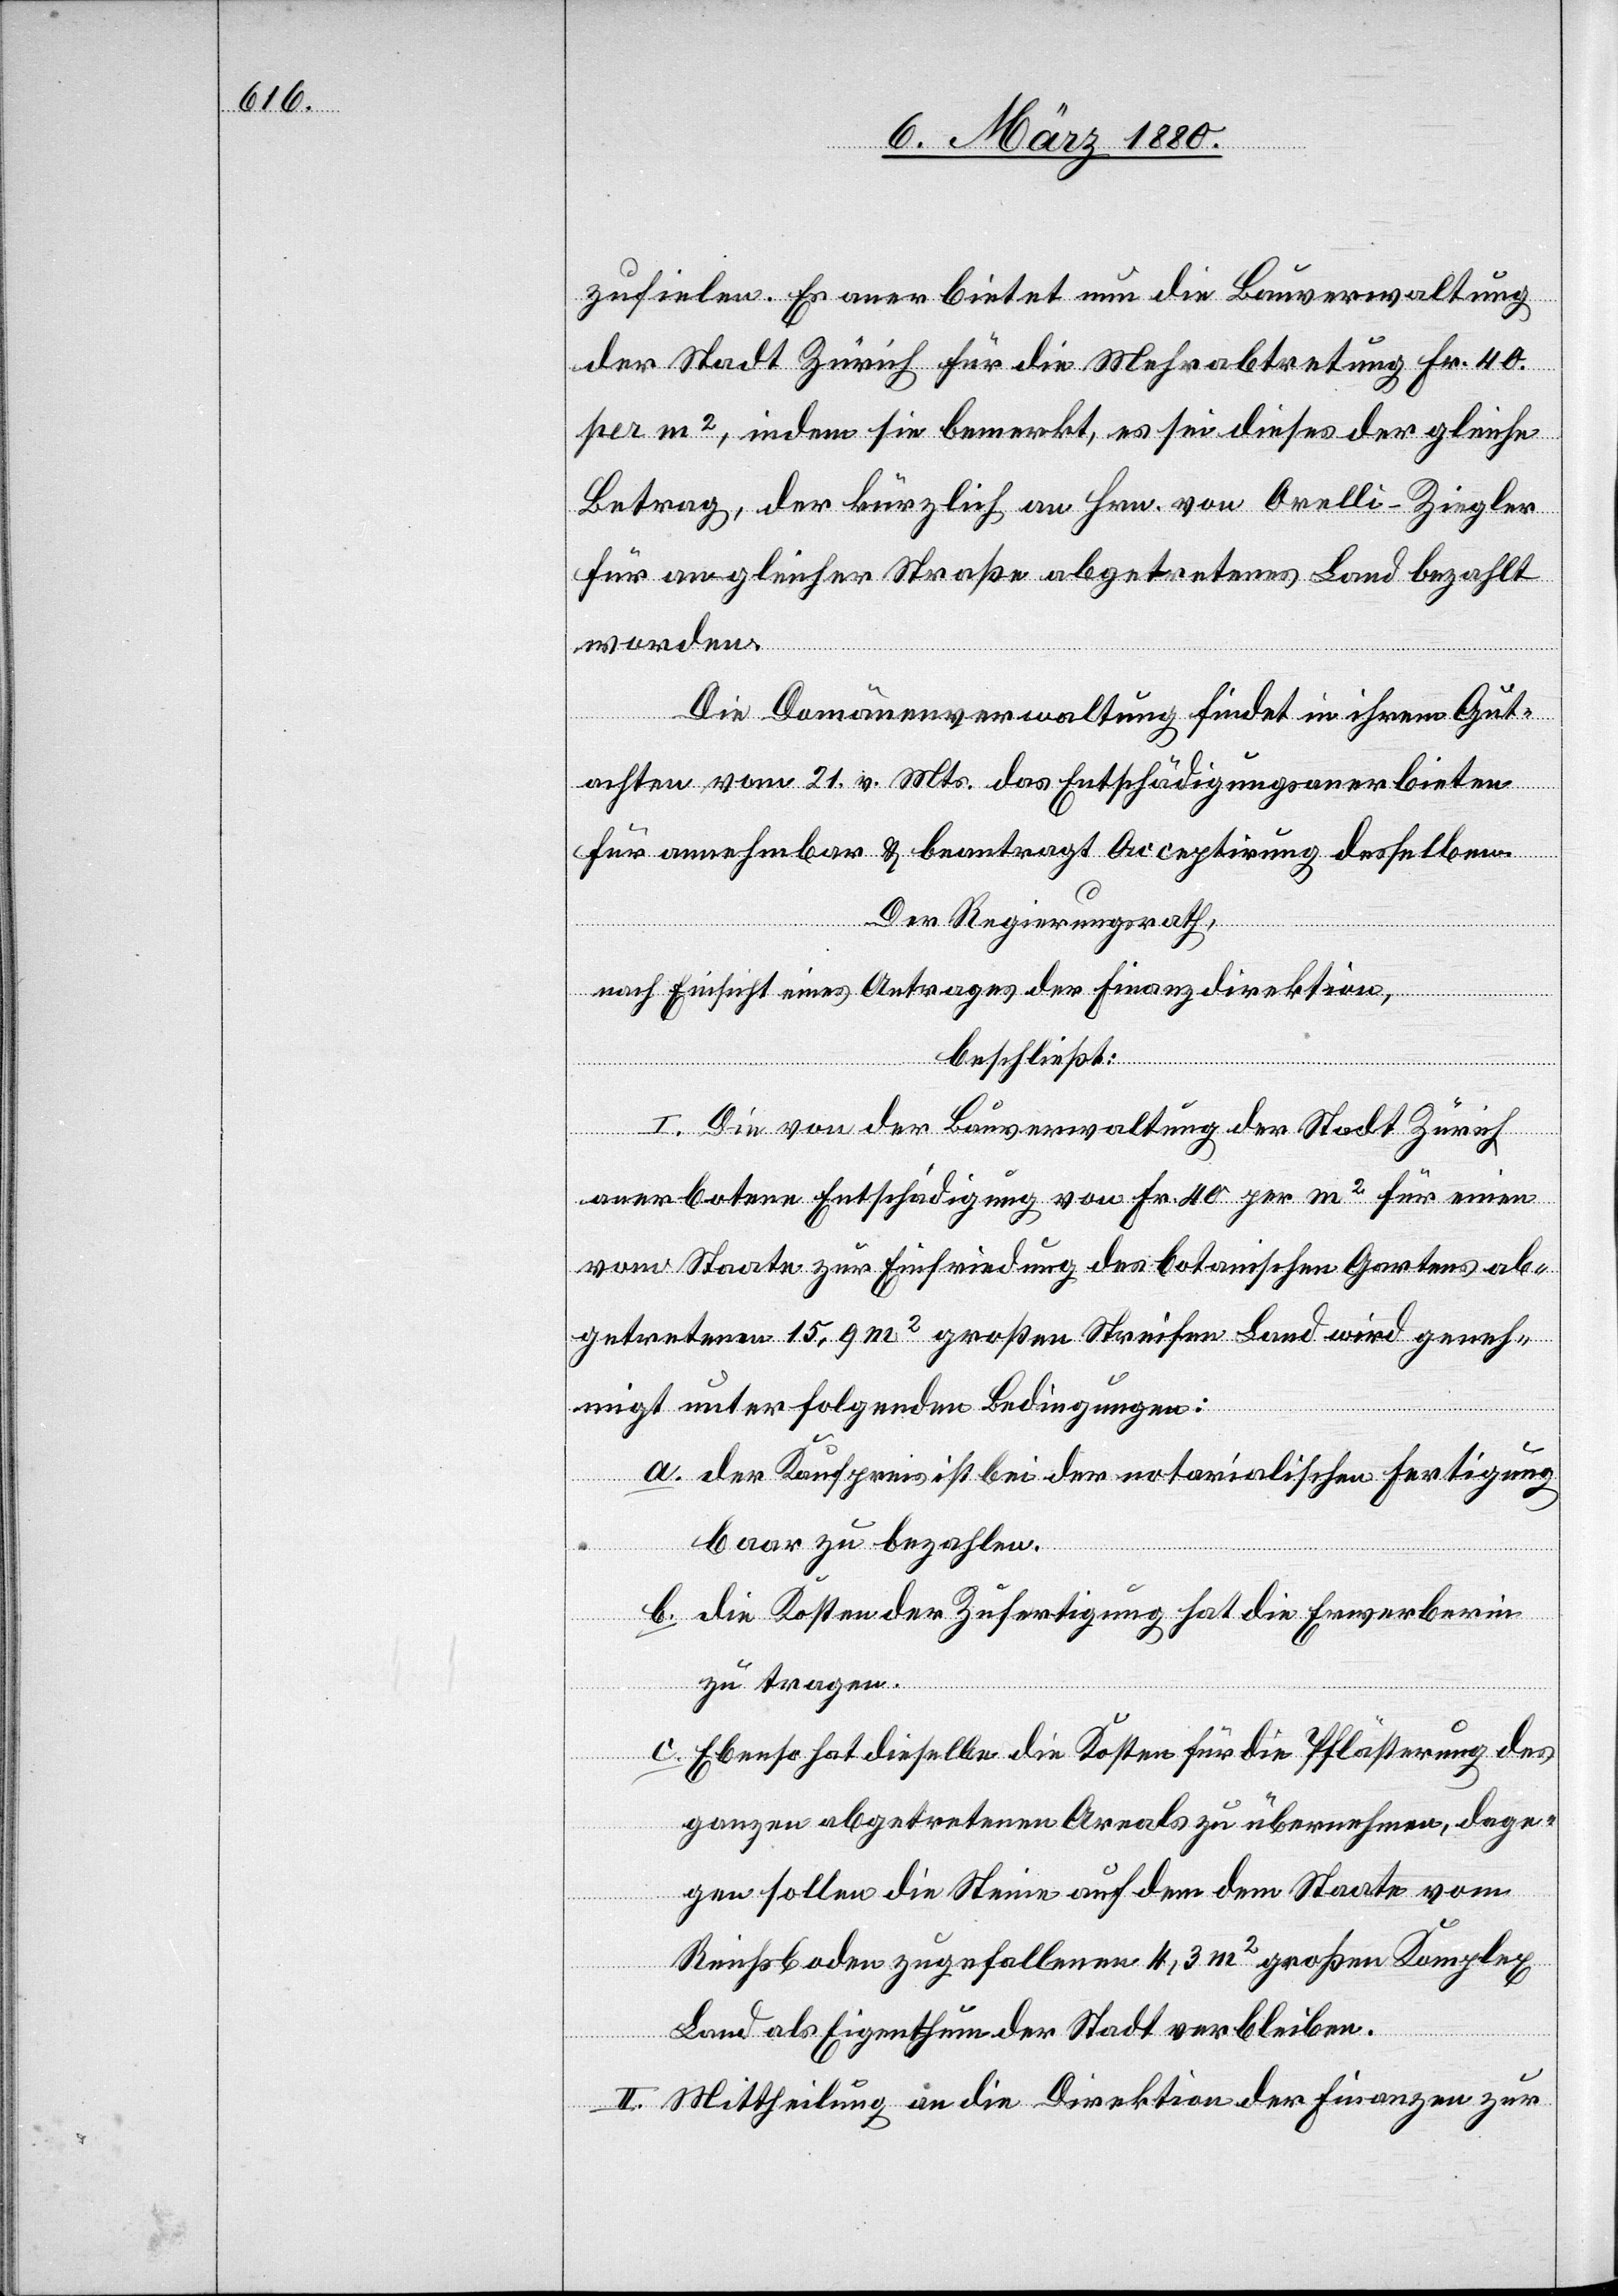
zufielen. Es anerbietet nun die Bauverwaltung
der Stadt Zürich für die Mehrabtretung Fr. 40.
per m2, indem sie bemerkt, es sei dieses der gleiche
Betrag, der kürzlich an Hrn. von Orelli-Ziegler
für an gleicher Straße abgetretenes Land bezahlt
worden.
Die Domänenverwaltung findet in ihrem Gut¬
achten vom 21. v. Mts. das Entschädigungsanerbieten
für annehmbar & beantragt Acceptirung desselben.
Der Regierungsrath,
nach Einsicht eines Antrages der Finanzdirektion,
beschließt:
I. Die von der Bauverwaltung der Stadt Zürich
anerbotene Entschädigung von Fr. 40 per m2 für einen
vom Staate zur Einfriedung des botanischen Gartens ab¬
getretenen 15,9 m2 großen Streifen Land wird geneh¬
migt unter folgenden Bedingungen:
a. der Kaufpreis ist bei der notarialischen Fertigung
baar zu bezahlen.
b. die Kosten der Zufertigung hat die Erwerberin
zu tragen.
c. Ebenso hat dieselbe die Kosten für die Pflästerung des
ganzen abgetretenen Areals zu übernehmen, dage¬
gen sollen die Steine auf den dem Staate vom
Reichsboden zugefallenen 4,3 m2 großen Komplex
Land als Eigenthum der Stadt verbleiben.
II. Mittheilung an die Direktion der Finanzen zur